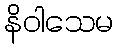
နိဝါသေမ